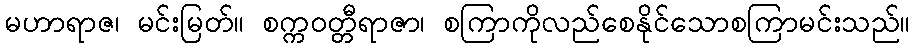
မဟာရာဇ၊ မင်းမြတ်။ စက္ကဝတ္တီရာဇာ၊ စကြာကိုလည်စေနိုင်သောစကြာမင်းသည်။